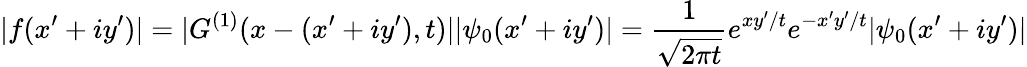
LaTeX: |f(x^{\prime}+iy^{\prime})|=|G^{(1)}(x-(x^{\prime}+iy^{\prime}),t)||\psi_{0}(x^{\prime}+iy^{\prime})|=\frac{1}{\sqrt{2\pi t}}e^{xy^{\prime}/t}e^{-x^{\prime}y^{\prime}/t}|\psi_{0}(x^{\prime}+iy^{\prime})|